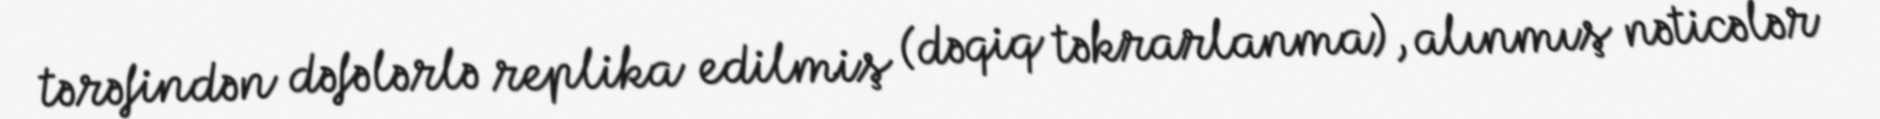
tərəfindən dəfələrlə replika edilmiş (dəqiq təkrarlanma), alınmış nəticələr